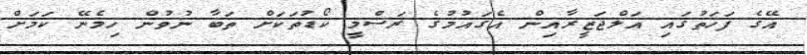
އޭގެ ފަހަތުގައި އަލްޖަޒީރާއިން އެގައުމުގެ ރަސްމީ ކޯޑުތަކަށް ތަބާ ނުވުން ހިމެނޭ ކަމަށް